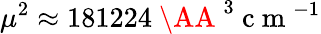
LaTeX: \mu^{2}\approx 181224\mathrm{~\AA~}^{3}\mathrm{~c~m~}^{-1}